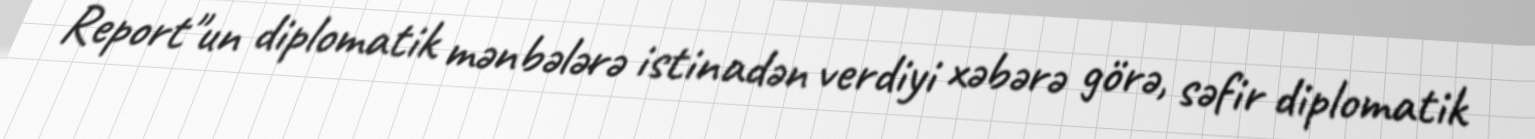
Report"un diplomatik mənbələrə istinadən verdiyi xəbərə görə, səfir diplomatik